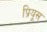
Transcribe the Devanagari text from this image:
प्रियूस